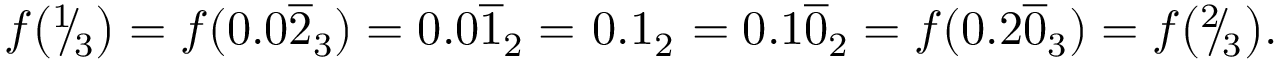
\begin{array} { l c l } { f { \bigl ( } { } ^ { 1 } \! \! / \! _ { 3 } { \bigr ) } = f ( 0 . 0 { \overline { { 2 } } } _ { 3 } ) = 0 . 0 { \overline { { 1 } } } _ { 2 } = \! \! } & { \! \! 0 . 1 _ { 2 } \! \! } & { \! \! = 0 . 1 { \overline { { 0 } } } _ { 2 } = f ( 0 . 2 { \overline { { 0 } } } _ { 3 } ) = f { \bigl ( } { } ^ { 2 } \! \! / \! _ { 3 } { \bigr ) } . } \end{array}